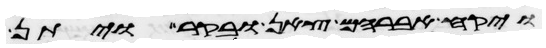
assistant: ויקח אברהם צאן ובקר ויתן